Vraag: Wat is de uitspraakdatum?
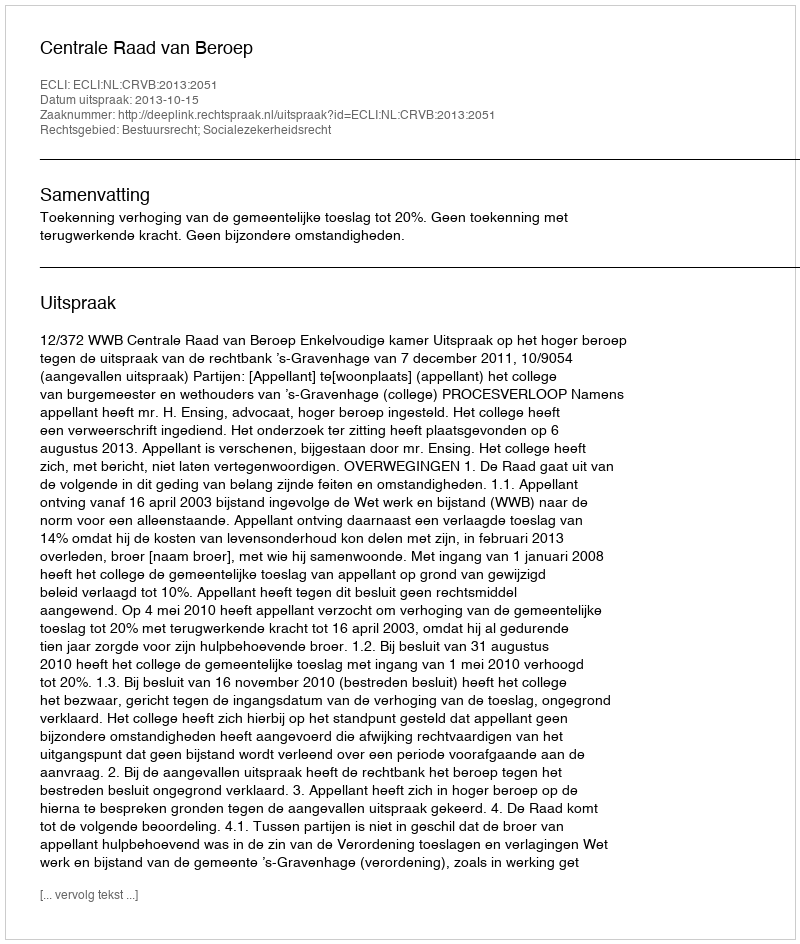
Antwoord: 2013-10-15